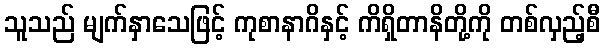
သူသည် မျက်နှာသေဖြင့် ကုစာနာဂိနှင့် ကိရှိတာနိတို့ကို တစ်လှည့်စီ